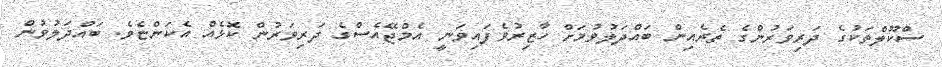
ސްކޫލްތަކުގެ ދަރިވަރުންގެ ތެރެއިން ބައްދަލުވުމަށް ހާޒިރުވެފައިވަނީ އެމްޖޭއެސްގެ ދަރިވަރުން ކޮޅެއް އެކަންޏެވެ. ބައްދަލުވުން